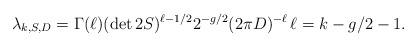
LaTeX: \begin{align*} \lambda_{k,S,D}= \Gamma(\ell)(\det 2S)^{\ell-1/2} 2^{-g/2}(2\pi D)^{-\ell} \, \ell=k-g/2-1.\end{align*}